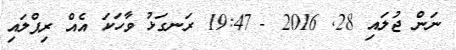
ނަން ޖުލައި 28